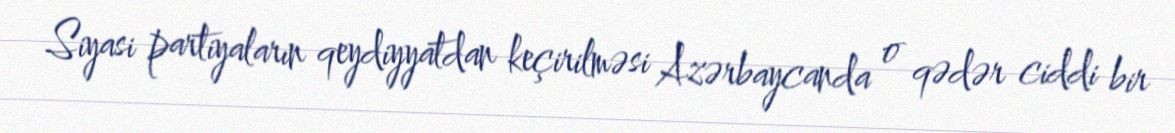
Siyasi partiyaların qeydiyyatdan keçirilməsi Azərbaycanda o qədər ciddi bir